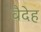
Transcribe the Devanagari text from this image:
वैदेह